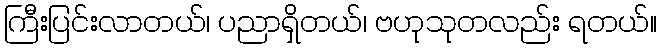
ကြီးပြင်းလာတယ်၊ ပညာရှိတယ်၊ ဗဟုသုတလည်း ရတယ်။